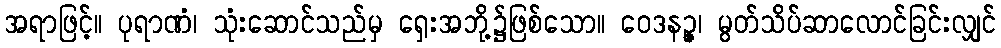
အရာဖြင့်။ ပုရာဏံ၊ သုံးဆောင်သည်မှ ရှေးအဘို့၌ဖြစ်သော။ ဝေဒနဉ္ဇ၊ မွတ်သိပ်ဆာလောင်ခြင်းလျှင်